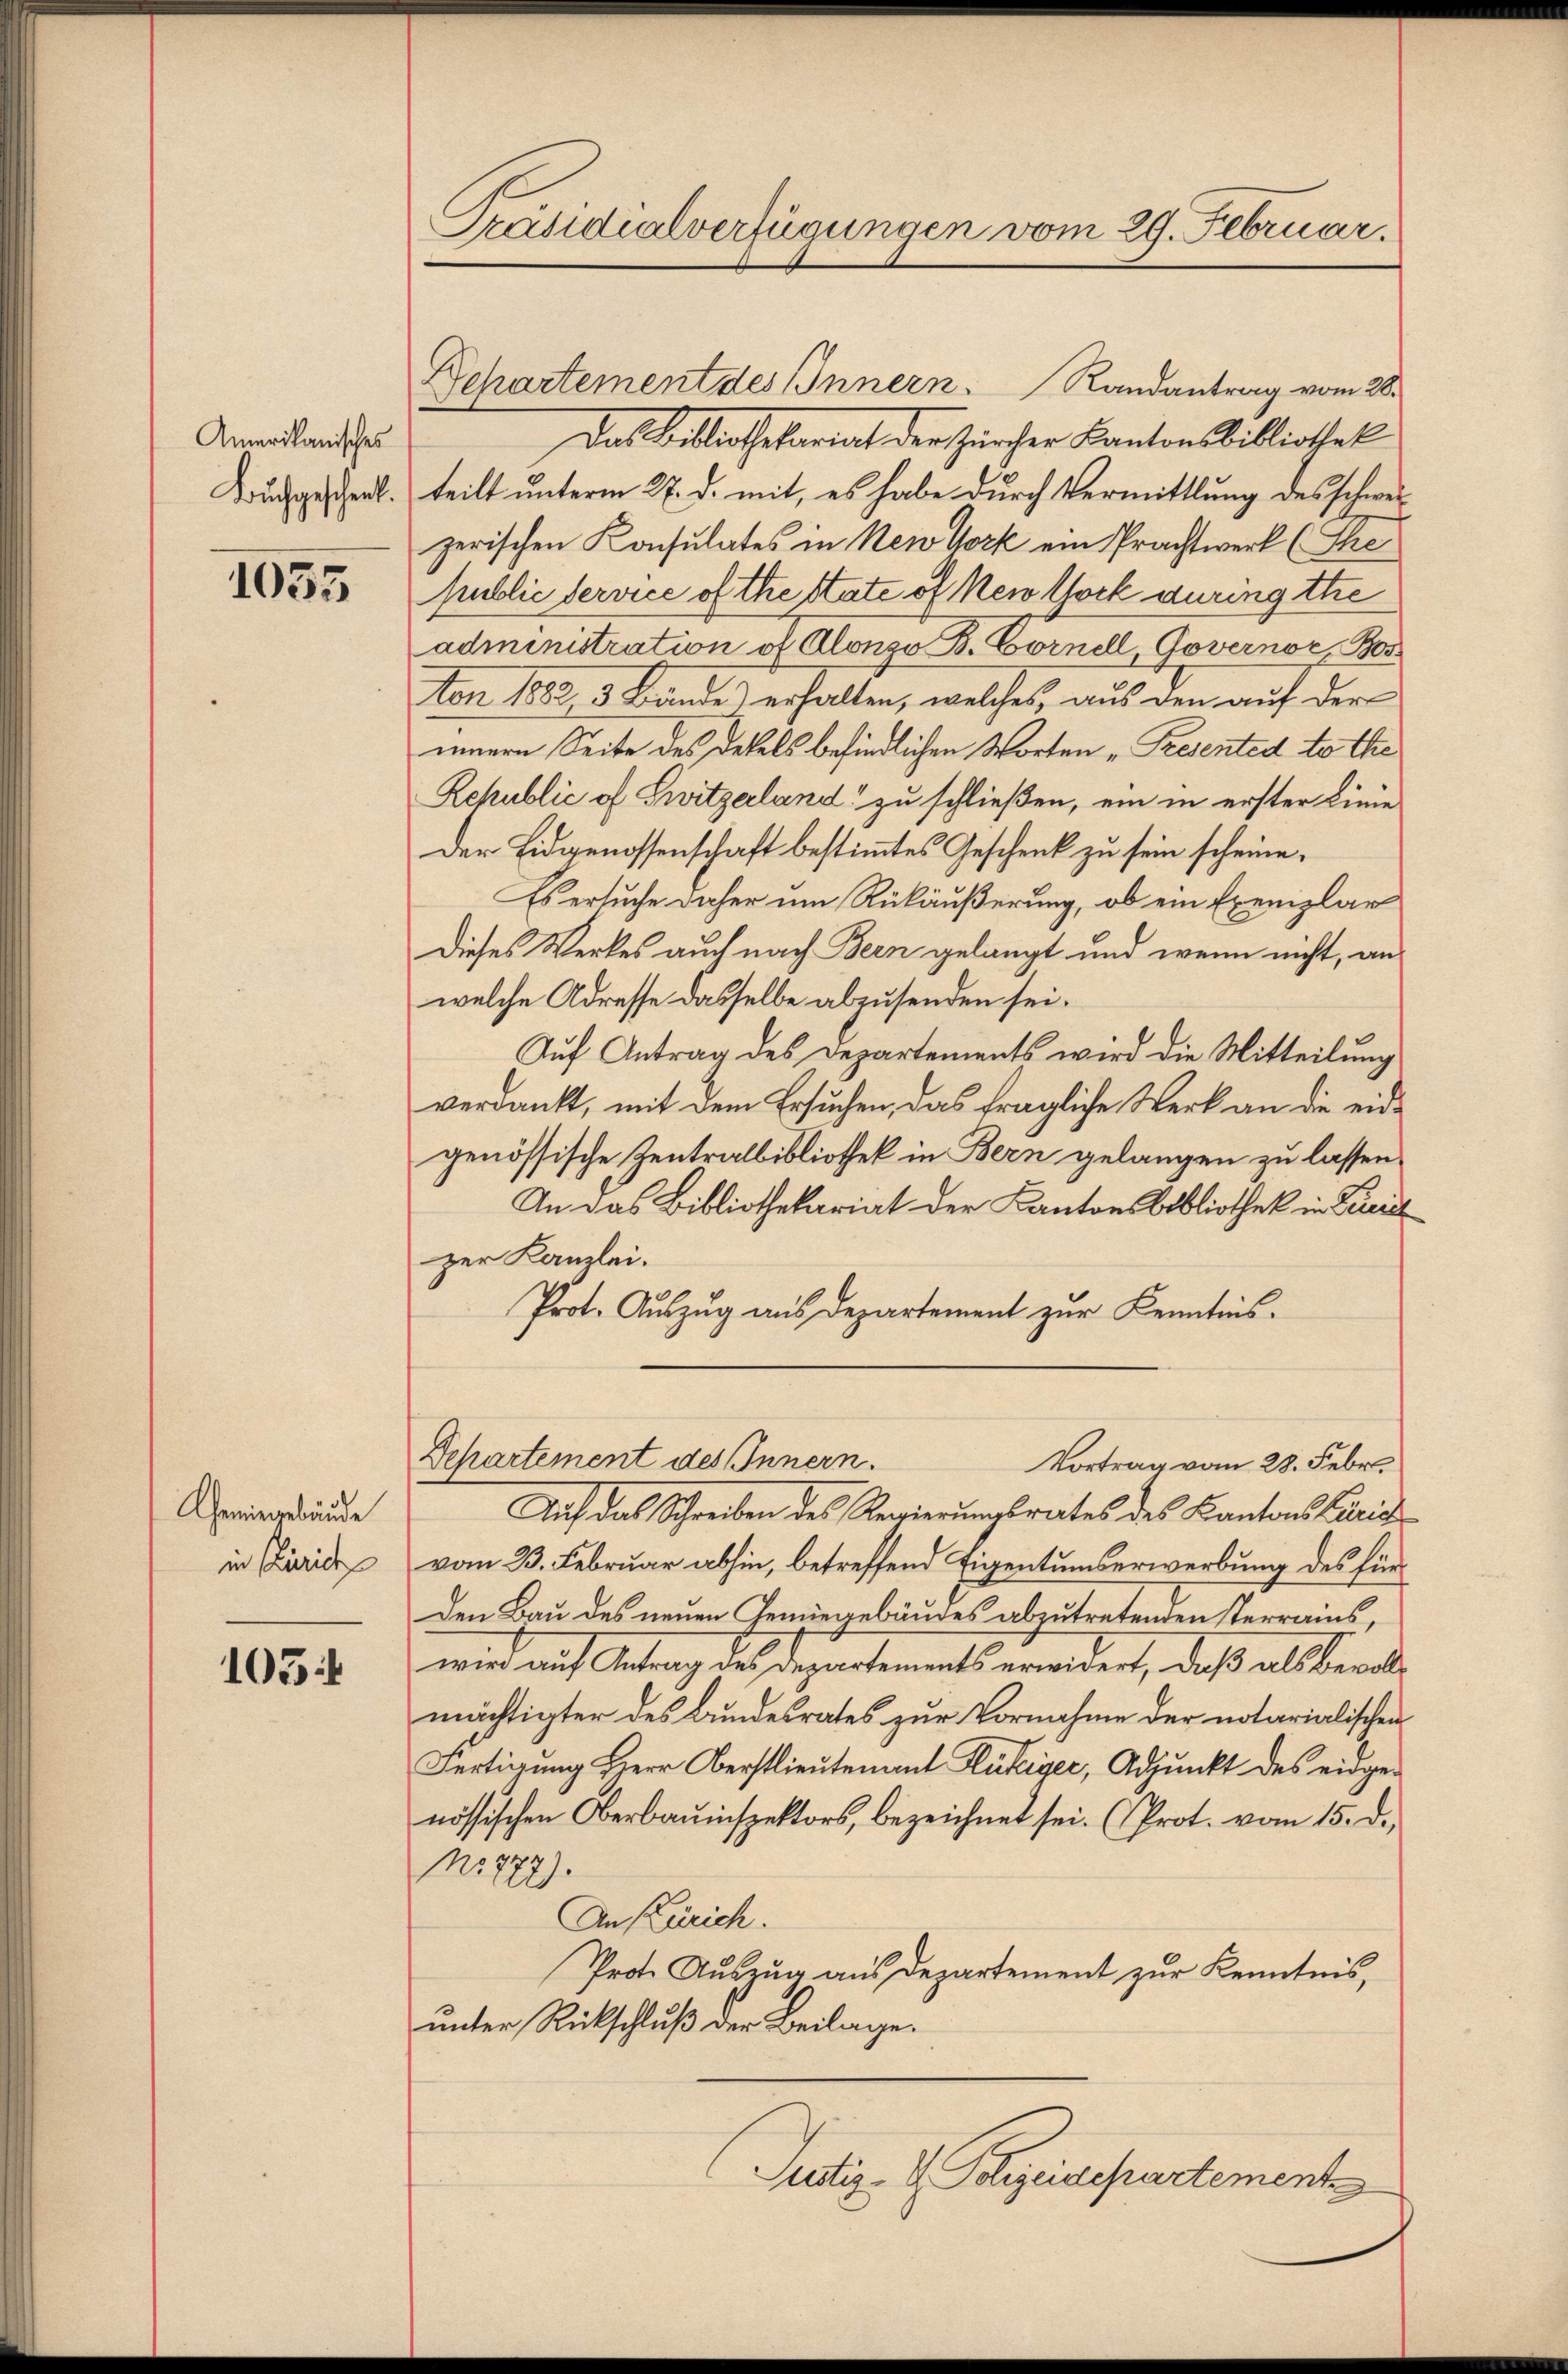
Amerikanisches
Buchgeschenk.

1035

Gemingebäude
in Zürich

105:

Präsidialverfügungen vom 29. Februar.

Dchartement des Innern. Randantrag vom 28.

Das Bibliothekariat der Zürcher Kantonsbibliothek
teilt unterm 27. d. mit, es habe durch Vermittlung des schwezerischen Konsulates in New York ein Prachtwerk (Thepublic service of the state of New York auringthe
administration of Alonzo B. Cornell, Governor, Bos
ton 1882 3 Bände) erhalten, welches, aus den auf der
innern Seite des Defels befindlichen Worten „Presented to the
Republic of Switzerland“ zu schließen, ein in erster Linie
Der Eidgenossenschaft bestimmtes Geschenk zu sein scheine,
Es ersuche daher um Rükäußerung, ob ein Exemplar
Dieses Werkes auch nach Bern gelangt und wenn nicht, an
welche Adresse dasselbe abzusenden sei.
Auf Antrag des Departements wird die Mitteilung
verdankt, mit dem Ersuchen, das fragliche Werk an die eidgenössische Zentralbibliothek in Bern gelangen zu lassen.
An das Bibliothekariat der Kantonsbibliothek in Lucia
zer Kanzlei.
Prot. Aŭszŭg aŭs departement zŭr Kenntnis-
Departement des Innern.
Vortrag vom 28. Febr.
Auch das Schreiben des Regierungsrates des Kantons Carrie
vom 23. Februar abhin, betreffend Eigentumserwerbung des für¬
Den Bau des neuen Gemüegebäudes abzutretenden sterrains,
wird auf Antrag des Departements erwidert, daß als beralmächtigter des Bundesrates zur Vornahme der notarialischen
Fertigung Herr Oberstlieutenant Glückiger, Adjunkt des eidgenössischen Oberbauinspektors, bezeichnet sei. (Prot. vom 15. d.
No 777).
An Zürich.
Prote Auszug aus Departement zur Kenntnis,
unter Rückschluß der Beilage.
Justiz- & Polizeidepartement